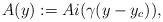
LaTeX: \begin{align*}A(y) := Ai ( \gamma (y - y_c) ),\end{align*}